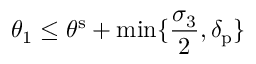
\theta _ { 1 } \leq \theta ^ { \mathrm { s } } + \operatorname* { m i n } \{ \frac { \sigma _ { 3 } } { 2 } , \delta _ { \mathrm { p } } \}